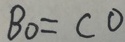
B O = C O